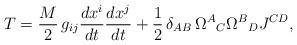
LaTeX: \begin{align*}T=\frac{M}{2}\,g_{ij}\frac{dx^{i}}{dt}\frac{dx^{j}}{dt}+\frac{1}{2}\,\delta_{AB}\,\Omega^{A}{}_{C}\Omega^{B}{}_{D}J^{CD},\end{align*}